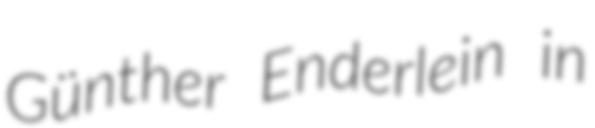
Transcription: Günther Enderlein in